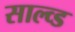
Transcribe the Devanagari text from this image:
साल्व्ड